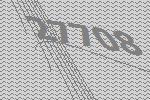
27708